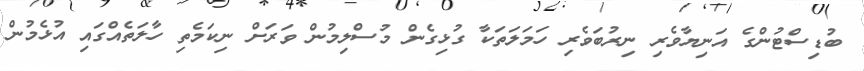
ބުޑިސްޓުންގެ އަނިޔާވެރި ނިރުބަވެރި ހަމަލަތަކާ ގުޅިގެން މުސްލިމުން ވަރަށް ނިކަމެތި ހާލަތެއްގައި އުޅެމުން